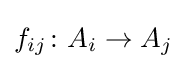
f_{ij}\colon A_{i}\rightarrow A_{j}